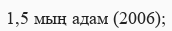
1,5 мың адам (2006);